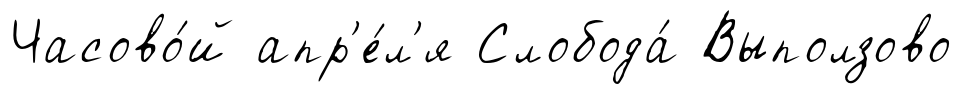
Часово́й апр'е́л'я Слобода́ Выползово